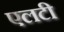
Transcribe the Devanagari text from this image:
एलटी